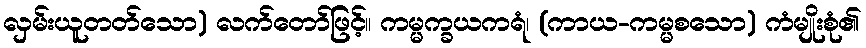
လှမ်းယူတတ်သော) လက်တော်ဖြင့်။ ကမ္မက္ခယကရံ၊ (ကာယ-ကမ္မစသော) ကံမျိုးစုံ၏